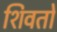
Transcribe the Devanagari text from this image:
शिवतो